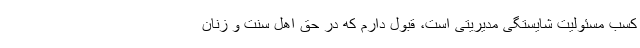
کسب مسئولیت شایستگی مدیریتی است، قبول دارم که در حق اهل سنت و زنان